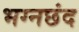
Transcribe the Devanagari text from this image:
भग्नछंद